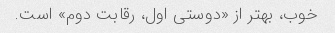
خوب، بهتر از «دوستی اول، رقابت دوم» است.